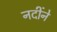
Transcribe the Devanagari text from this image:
नदींने